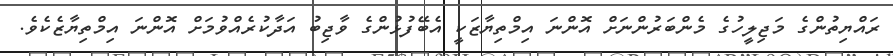
ރައްޔިތުންގެ މަޖިލީހުގެ މެންބަރުންނަށް އޮންނަ އިމްތިޔާޒަކީ އެބޭފުޅުންގެ ވާޖިބު އަދާކުރެއްވުމަށް އޮންނަ އިމްތިޔާޒެކެވެ.